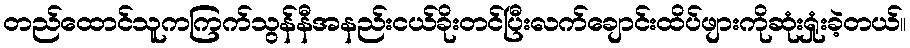
တည်ထောင်သူကကြက်သွန်နီအနည်းငယ်ခိုးတင်ပြီးလက်ချောင်းထိပ်ဖျားကိုဆုံးရှုံးခဲ့တယ်။